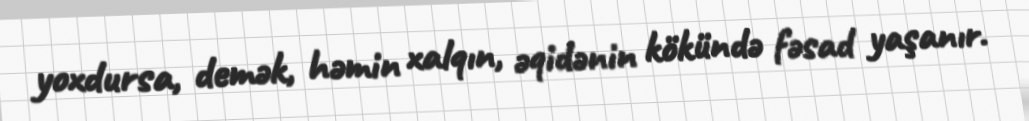
yoxdursa, demək, həmin xalqın, əqidənin kökündə fəsad yaşanır.